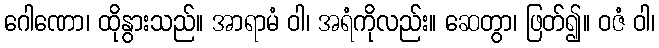
ဂေါဏော၊ ထိုနွားသည်။ အာရာမံ ဝါ၊ အရံကိုလည်း။ ဆေတွာ၊ ဖြတ်၍။ ဝဇံ ဝါ၊